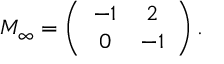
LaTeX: M _ { \infty } = \left( \begin{array} { c c } { { - 1 } } & { { 2 } } \\ { { 0 } } & { { - 1 } } \end{array} \right) .